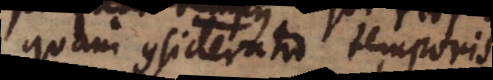
quam consideratio temporis.